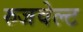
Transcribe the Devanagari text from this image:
रुजवेल्ट